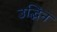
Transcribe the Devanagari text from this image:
उद्भिन